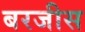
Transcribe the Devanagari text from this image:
बरजीस